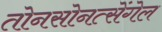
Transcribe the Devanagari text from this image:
तोनसोनत्सेंगेल